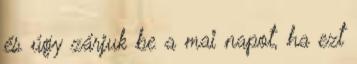
és úgy zárjuk be a mai napot, ha ezt